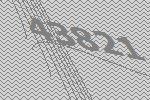
43821